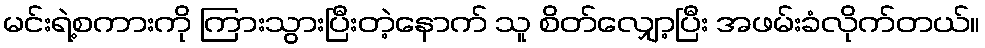
မင်းရဲ့စကားကို ကြားသွားပြီးတဲ့နောက် သူ စိတ်လျှော့ပြီး အဖမ်းခံလိုက်တယ်။